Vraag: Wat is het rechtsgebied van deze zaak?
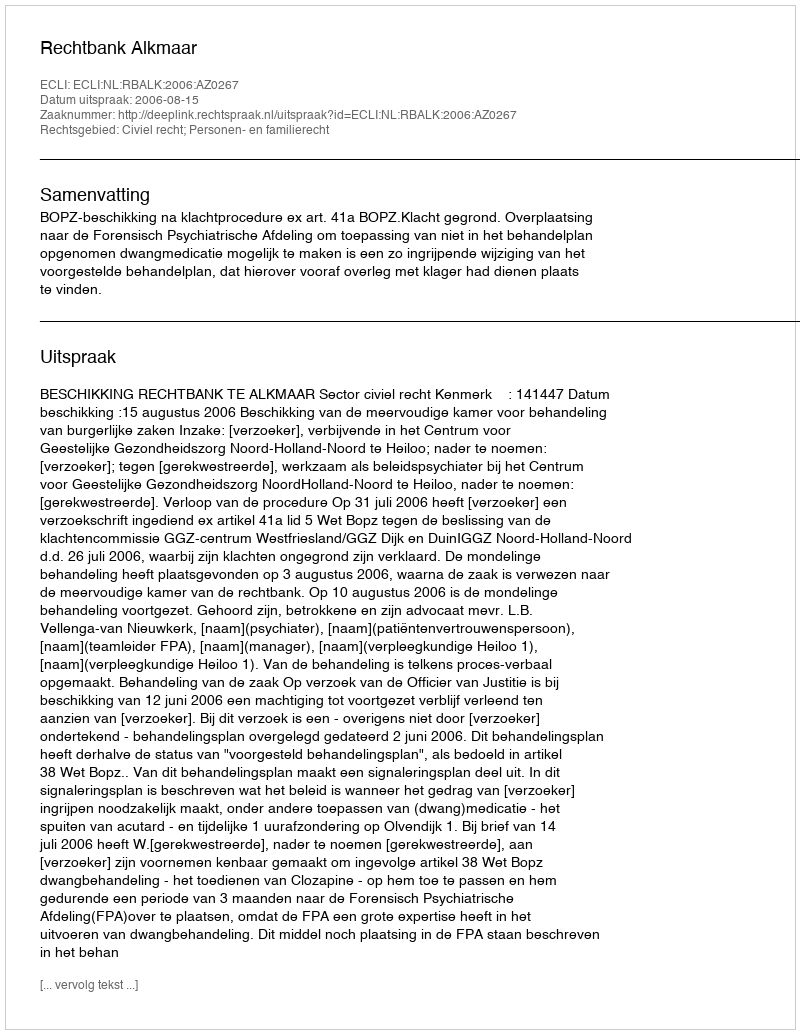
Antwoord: Civiel recht; Personen- en familierecht